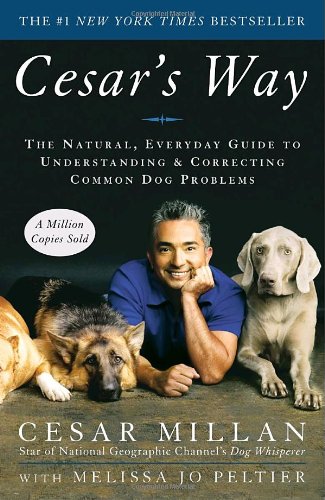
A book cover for Cesar's Way: The Natural, Everyday Guide to Understanding and Correcting Common Dog Problems; Cesar Millan; Crafts, Hobbies & Home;